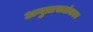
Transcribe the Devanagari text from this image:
अनुप्रासलंकार